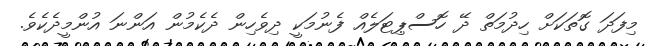
މިފަދަ ގޮތަކަށް ހިދުމަތް ދޭ ހޮސްޕިޓަލެއް ފެނުމަކީ ދިވެހިން ދެކެމުން އަންނަ އުންމީދެކެވެ.